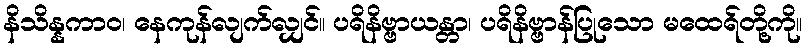
နိသိန္နကာဝ၊ နေကုန်လျက်လျှင်။ ပရိနိဗ္ဗာယန္တာ၊ ပရိနိဗ္ဗာန်ပြုသော မထေရ်တို့ကို။